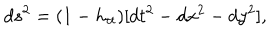
LaTeX: d s ^ { 2 } = ( 1 - h _ { t t } ) [ d t ^ { 2 } - d x ^ { 2 } - d y ^ { 2 } ] ,